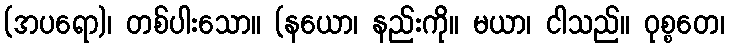
(အပရော)၊ တစ်ပါးသော။ (နယော၊ နည်းကို။ မယာ၊ ငါသည်။ ဝုစ္စတေ၊